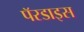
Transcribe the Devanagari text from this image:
पॅरडाइस